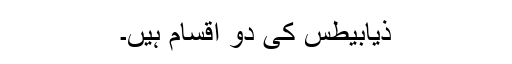
ذیابیطس کی دو اقسام ہیں۔